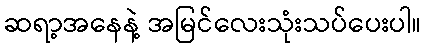
ဆရာ့အနေနဲ့ အမြင်လေးသုံးသပ်ပေးပါ။